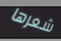
شعرها